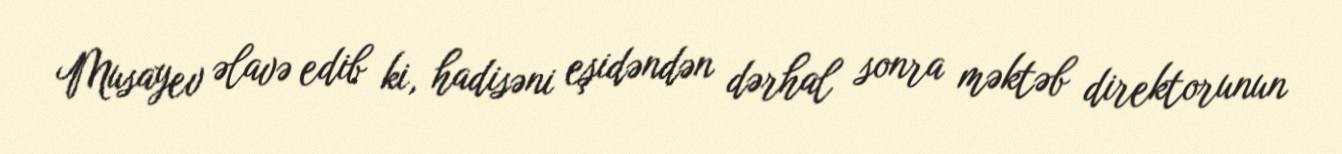
Musayev əlavə edib ki, hadisəni eşidəndən dərhal sonra məktəb direktorunun